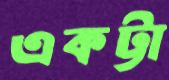
একট্টা